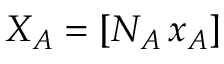
X _ { A } = [ N _ { A } \protect \tmspace + \thinmuskip { . 1 6 6 7 e m } x _ { A } ]